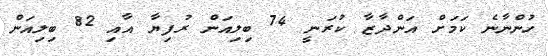
ހުންނާނެ ކަމަށް އަންދާޒާ ކުރަނީ 74 ބިލިއަން ރުފިޔާ އާއި 82 ބިލިއަން